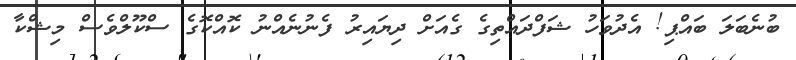
ބުނެބަލަ ބައްޕި! އެދުވަހު ޝަފްދައްތިގެ ގެއަށް ދިޔައިރު ފެނުނެއްނު ކޮއްކޮގެ ސްކޫލްވެސް މިޝްކާ